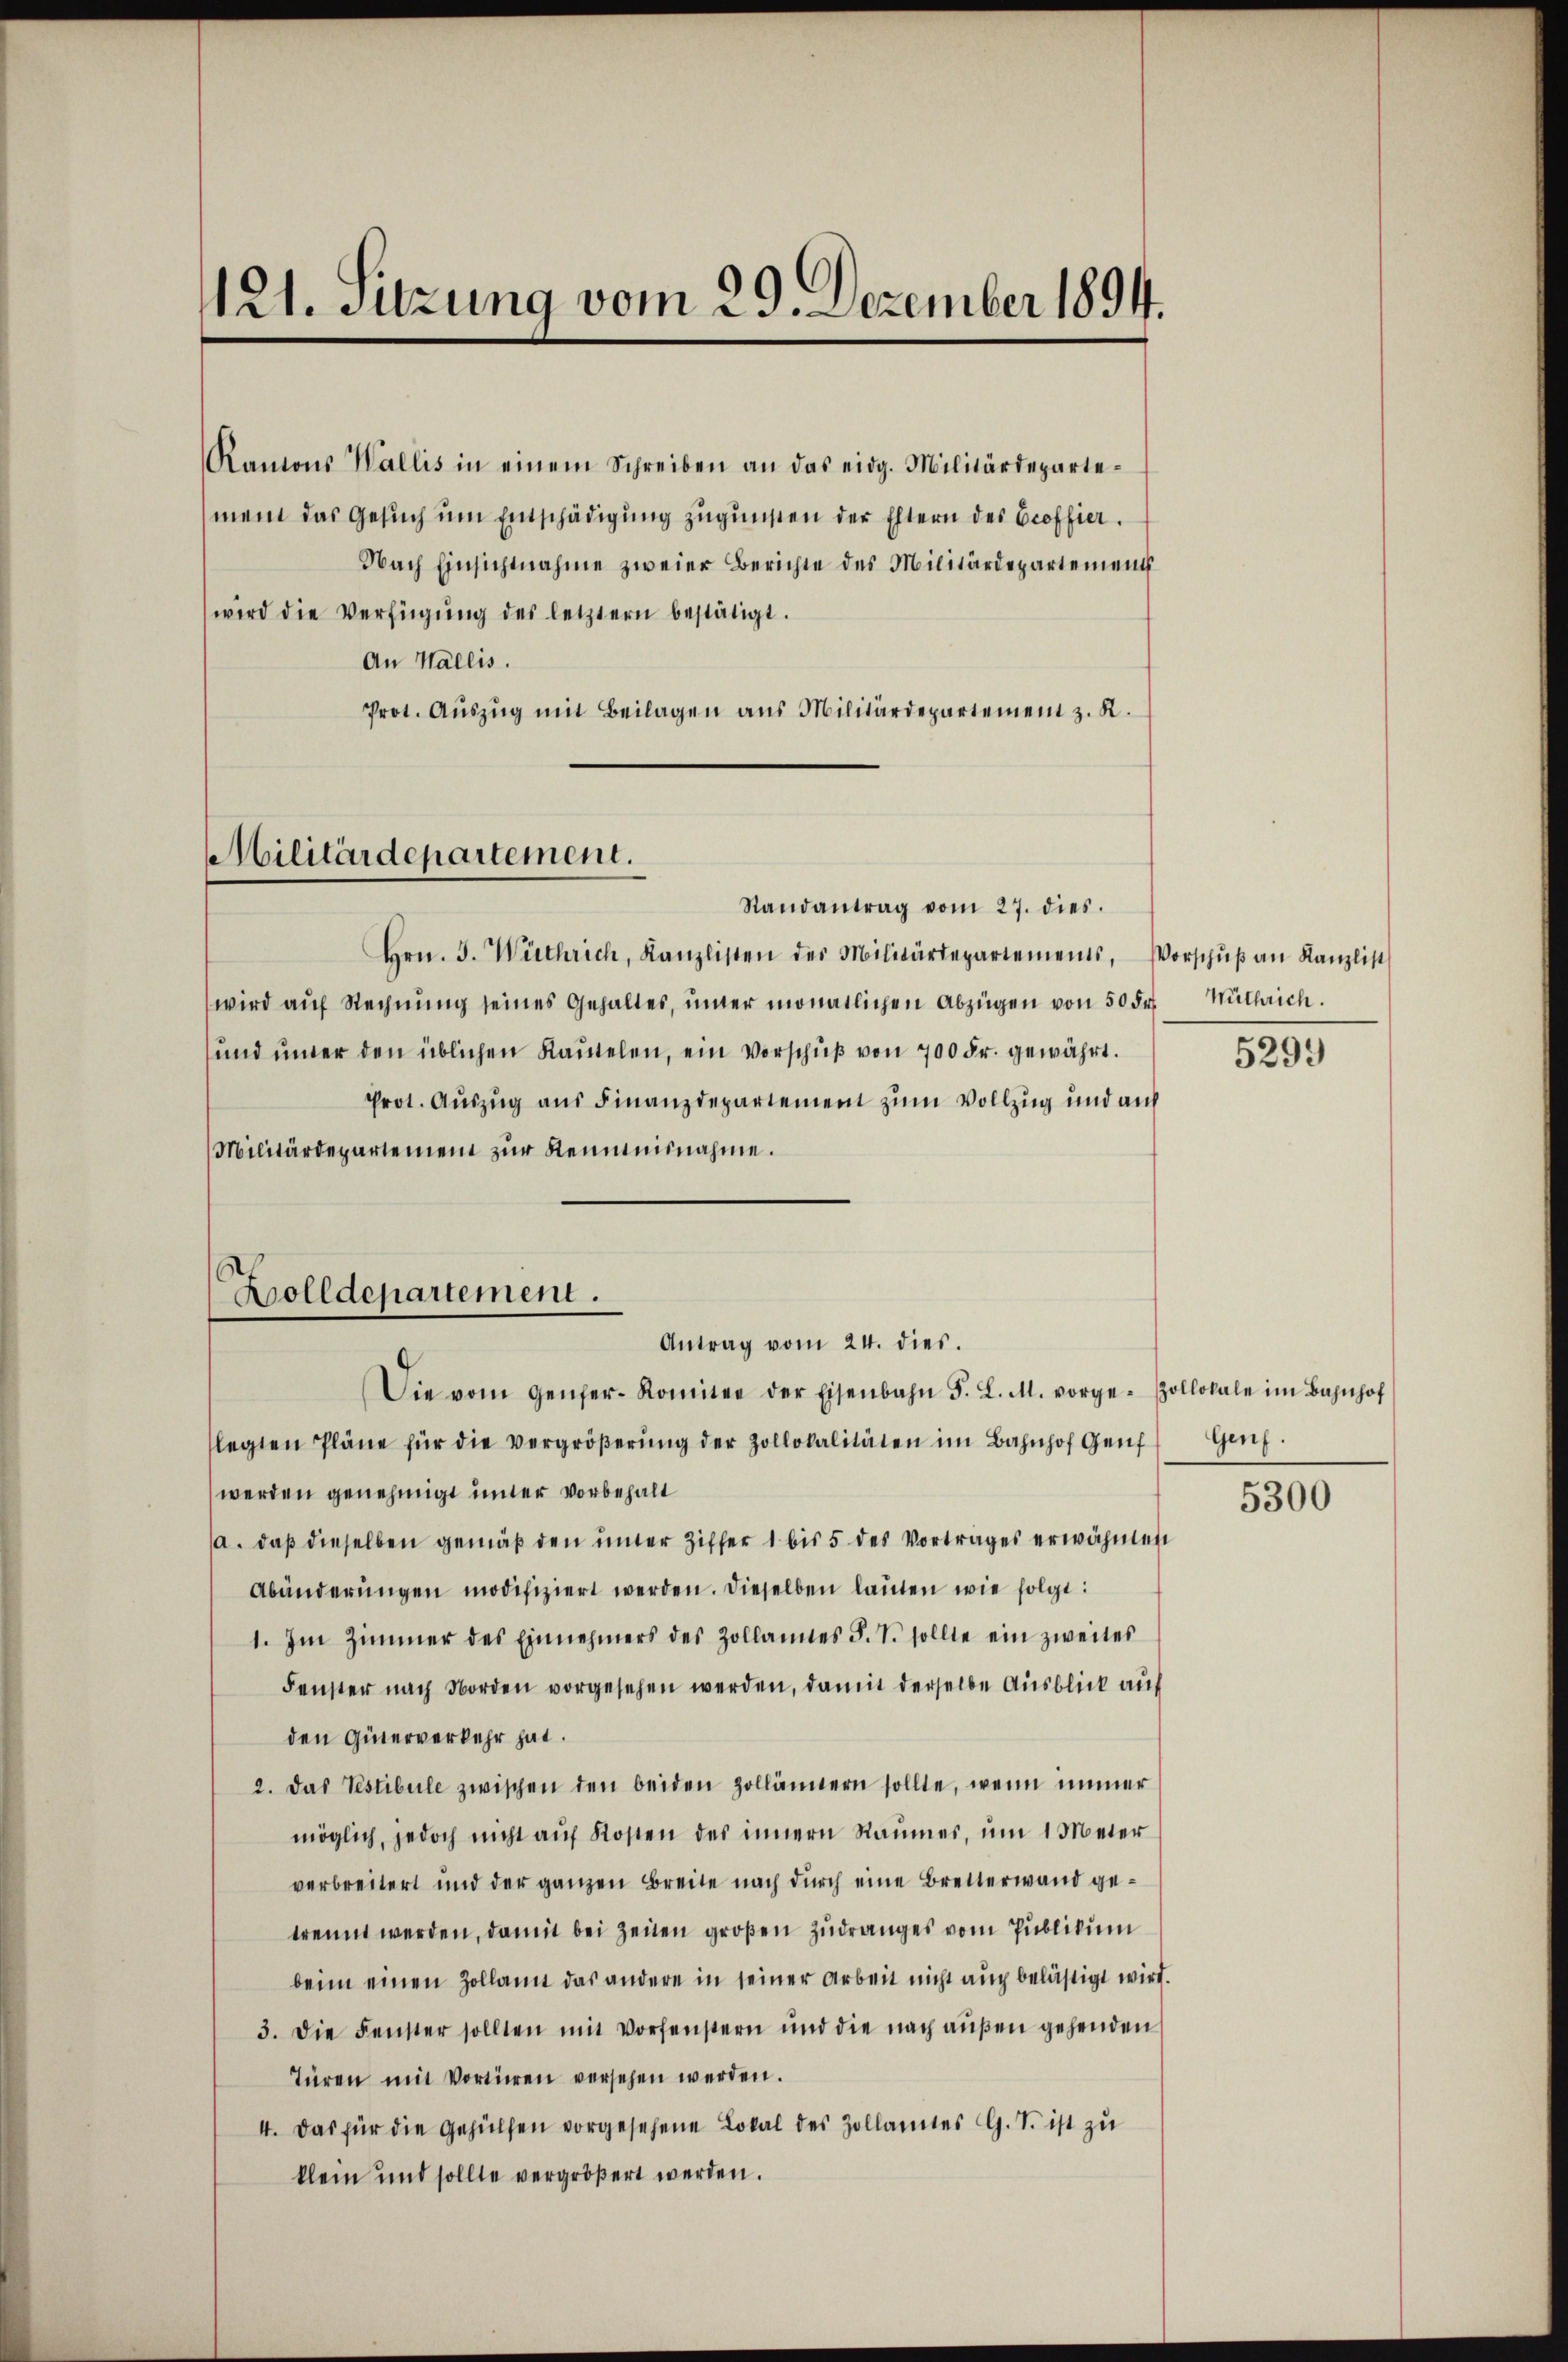
121. Sitzung vom 29. Dezember 1894.

Rantons Wallis in einem Schreiben an das eidg. Militärdepartement das Gesuch um Entschädigung zugunsten der Eltern des Groffier.
Nach Einsichtnahme zweier Berichte des Militärdepartement
wird die Verfügŭng des letztern bestätigt.
An Wallis.
Prot. Aŭszŭg mit Beilagen aus Militärdepartement z. R.
Randantrag vom 27. dies.
Hrn. J. Wüthrich, Kanzlisten des Militärdepartements, Vorschŭβ an Kanzlist
wird aŭf Rechnŭng seines Gehaltes, ŭnter monatlichen Abzügen von 50 Fr. Mütharich.
ŭnd imer den üblichen Kaŭtelen, ein Vorschŭβ von 700 Fr. gewährt.
Prot. Auszug aus Finanzdepartement zum Vollzug und auf
Militärdepartement zur Kenntnisnahme.
Antrag vom 24. dies.
Die vom Genfer-Komitee der Eisenbahn F. L. M. vorge-Zollokale im Bahnhof
legten Pläne für die Vergröβerŭng der Zollokalitäten im Bahnhof Genf, Genf.
werden genehmigt unter vorbehalt
a. daß dieselben gemäß den unter Ziffer 1 bis 5 des Vortrages erwähnen
Abänderŭngen modifiziert werden. Dieselben lauten wie folgt:
1. Im Zimmer des Einnehmers des Zollannes S. T. sollte ein zweites
Fenster nach Norden vorgesehen werden, damit derselbe Ausblick auf
den Güterverkehr hat.
2. Das Testibule zwischen den beiden Zollännern sollte, wenn immer
möglich, jedoch nicht aŭf Kosten des innern Raumes, um 1 Meter
verbreitert und der ganzen Breite nach durch eine Bretterwand getrennt werden, damit bei Zeiten großen Zudranges vom Publikum
beim einen Zollamt das andere in seiner Arbeit nicht auch belästigt wird.
3. Die Fenster sollten mit Vorfenstern und die nach außen gehenden
türen mit Vortieren versehen werden.
4. Das für die Gehülfen vorgesehene Lokal des Zollamtes G. S. ist zu
klein und sollte vergrößert werden.

Militärdepartement.

Zolldepartement.

5299

5300